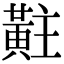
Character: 黈